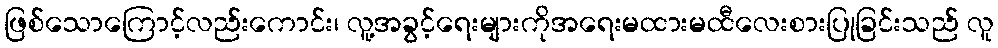
ဖြစ်သောကြောင့်လည်းကောင်း၊ လူ့အခွင့်ရေးများကိုအရေးမထားမထီလေးစားပြုခြင်းသည် လူ